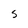
Character: S